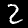
Label: 2